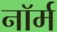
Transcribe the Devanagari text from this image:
नाॅर्म